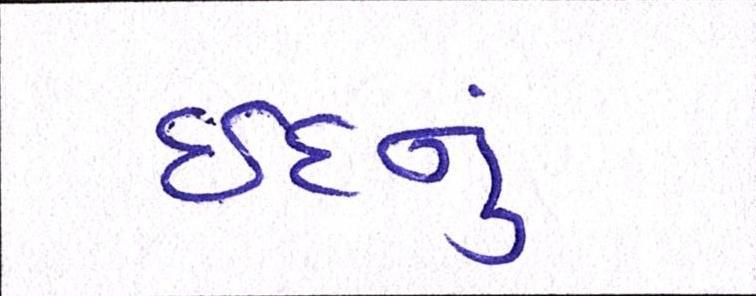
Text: ઇદનું